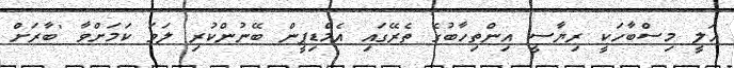
އަލީ މިސްބާހަކީ ރިޔާސީ އިންތިހާބުގެ ތެރޭގައި އެމްޑިޕީން ބޭނުންކުރި ލަވަ ކަމަށްވާ 'ބާރަށް